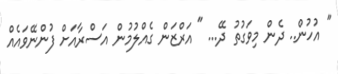
" އުހުން.. ދެން މިވަގުތު ދޭ... " އަރްޒަން ގެއްލުމުން އަސްރާއަށް ފުންނޭވައެއް